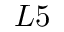
L 5